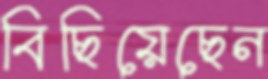
বিছিয়েছেন